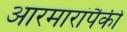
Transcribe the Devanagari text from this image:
आरमारांपैकी